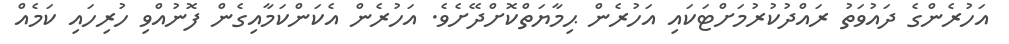
އަހުރެންގެ ދައުވަތު ރައްދުކުރުމަށްޓަކައި އަހުރެން ޙިމާޔަތްކޮށްދޭށެވެ. އަހުރެން އެކަންކަމާއިގެން ފޮނުއްވި ހުރިހައި ކަމެއް